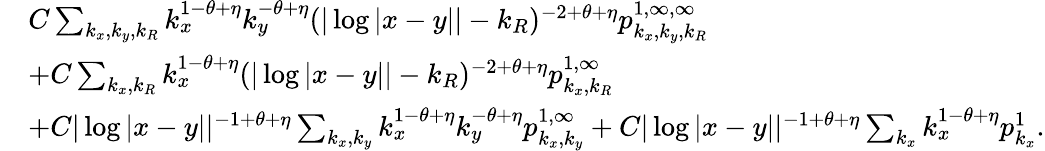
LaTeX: \begin{array}{rl}&{C\sum_{k_{x},k_{y},k_{R}}k_{x}^{1-\theta+\eta}k_{y}^{-\theta+\eta}(|\log|x-y||-k_{R})^{-2+\theta+\eta}p_{k_{x},k_{y},k_{R}}^{1,\infty,\infty}}\\ &{+C\sum_{k_{x},k_{R}}k_{x}^{1-\theta+\eta}(|\log|x-y||-k_{R})^{-2+\theta+\eta}p_{k_{x},k_{R}}^{1,\infty}}\\ &{+C|\log|x-y||^{-1+\theta+\eta}\sum_{k_{x},k_{y}}k_{x}^{1-\theta+\eta}k_{y}^{-\theta+\eta}p_{k_{x},k_{y}}^{1,\infty}+C|\log|x-y||^{-1+\theta+\eta}\sum_{k_{x}}k_{x}^{1-\theta+\eta}p_{k_{x}}^{1}.}\end{array}